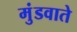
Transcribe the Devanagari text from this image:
मुंडवाते